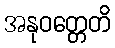
အနုဝတ္တေတိ